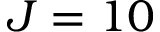
J = 1 0